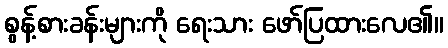
စွန့်စားခန်းများကို ရေးသား ဖော်ပြထားလေ၏။